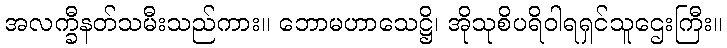
အလက္ခီနတ်သမီးသည်ကား။ ဘောမဟာသေဋ္ဌိ၊ အိုသုစိပရိဝါရရှင်သူဌေးကြီး။